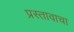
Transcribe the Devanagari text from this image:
प्रस्तावाचा